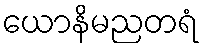
ယောနိမညတရံ